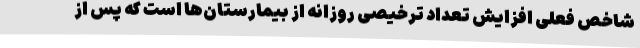
شاخصِ فعلی افزایش تعداد ترخیصی روزانه از بیمارستان‌ها است که پس از